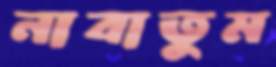
নাবাতুম